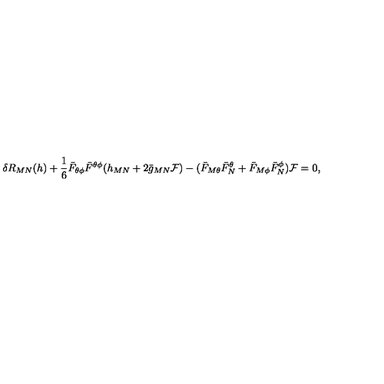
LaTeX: \delta R _ { M N } ( h ) + { \frac { 1 } { 6 } } \bar { F } _ { \theta \phi } \bar { F } ^ { \theta \phi } ( h _ { M N } + 2 \bar { g } _ { M N } { \cal F } ) - ( \bar { F } _ { M \theta } \bar { F } _ { N } ^ { \theta } + \bar { F } _ { M \phi } \bar { F } _ { N } ^ { \phi } ) { \cal F } = 0 ,